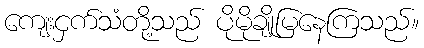
ကျေးငှက်သံတို့သည် ပိုမိုချိုမြနေကြသည်။